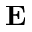
\textbf { E }